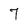
Character: 7